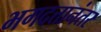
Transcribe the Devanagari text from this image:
भगदत्तानंतर